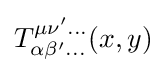
T_{\alpha \beta '\ldots }^{\mu \nu '\ldots }(x,y)